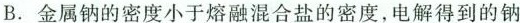
B.金属钠的密度小于熔融混合盐的密度，电解得到的钠